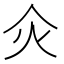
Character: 𤆅